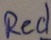
Text: Red